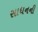
સાધનની